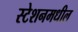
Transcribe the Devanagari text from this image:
स्टेशनमधील